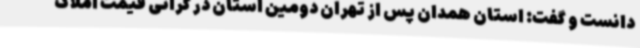
دانست و گفت: استان همدان پس از تهران دومین استان در گرانی قیمت املاک